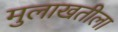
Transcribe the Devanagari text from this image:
मुलाखतीला